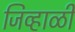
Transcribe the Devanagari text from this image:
जिव्हाळी